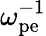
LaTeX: \displaystyle\omega_{\mathrm{pe}}^{-1}